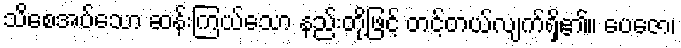
သိစေအပ်သော ဆန်းကြယ်သော နည်းတို့ဖြင့် တင့်တယ်လျက်ရှိ၏။ ပေဇော၊